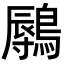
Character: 𬷨